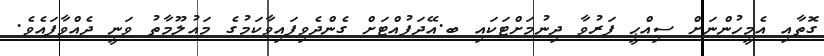
ގޮތާއި އެމީހުންނަށް ސިއްޙީ ފަރުވާ ދިނުމަށްޓަކައި ބ.އޭދަފުއްޓަށް ގެންދެވިފައިވާކަމުގެ މައުލޫމާތު ވަނީ ދެއްވާފައެވެ.